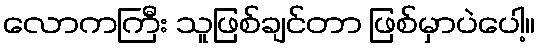
လောကကြီး သူဖြစ်ချင်တာ ဖြစ်မှာပဲပေါ့။